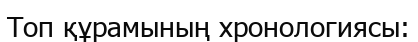
Топ құрамының хронологиясы: